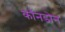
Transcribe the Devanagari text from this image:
कॉनडोन